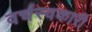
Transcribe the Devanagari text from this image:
वर्चस्वकारी